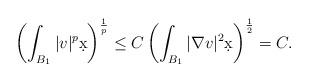
LaTeX: \begin{align*}\left( \int_{B_1} |v|^p \d x \right)^{\frac{1}{p}} \leq C \left( \int_{B_1} |\nabla v|^2 \d x \right)^{\frac{1}{2}} = C.\end{align*}